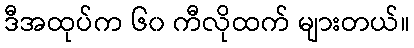
ဒီအထုပ်က ၆၀ ကီလိုထက် များတယ်။